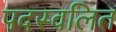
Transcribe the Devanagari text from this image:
पदस्वलित